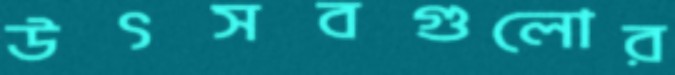
উৎসবগুলোর